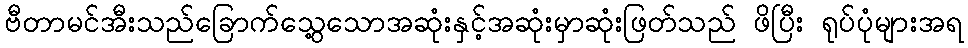
ဗီတာမင်အီးသည်ခြောက်သွေ့သောအဆုံးနှင့်အဆုံးမှာဆုံးဖြတ်သည် ဖိပြီး ရုပ်ပုံများအရ